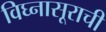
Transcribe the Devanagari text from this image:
विघ्‍नासूराची